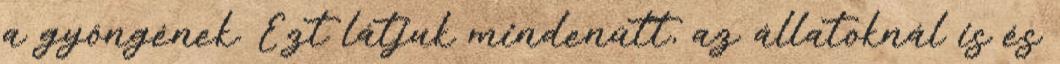
a gyöngének. Ezt látjuk mindenütt, az állatoknál is és